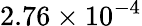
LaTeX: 2.76\times 10^{-4}